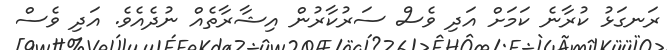
ރަނގަޅު ކުރާނެ ކަމަށް އަދި ވެސް ސަރުކާރުން އިޝާރާތެއް ނުދެއެވެ. އަދި ވެސް